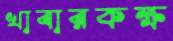
খাবারকক্ষ